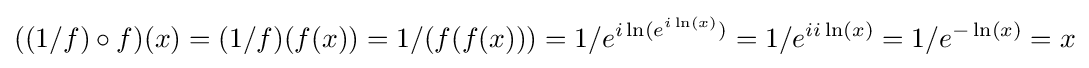
((1/f)\circ f)(x)=(1/f)(f(x))=1/(f(f(x)))=1/e^{i\ln(e^{i\ln(x)})}=1/e^{ii\ln(x)}=1/e^{-\ln(x)}=x